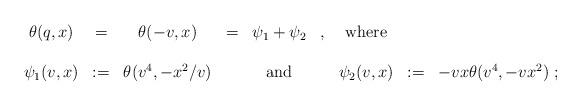
LaTeX: \begin{align*}\begin{array}{ccccccccc}\theta (q,x)&=&\theta (-v,x)&=&\psi _1+\psi _2&,&{\rm where}&&\\ \\ \psi _1(v,x)&:=&\theta (v^4,-x^2/v)&&{\rm and}&&\psi _2(v,x)&:=&-vx\theta (v^4,-vx^2)~;\end{array}\end{align*}